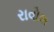
રાવોલ